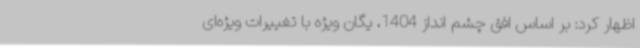
اظهار کرد: بر اساس افق چشم انداز 1404، یگان ویژه با تغییرات ویژه‌ای